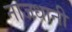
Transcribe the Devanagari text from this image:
नाजधानी